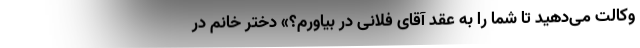
وکالت می‌دهید تا شما را به عقد آقای فلانی در بیاورم؟» دختر خانم در